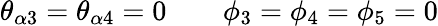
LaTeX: \theta_{\alpha 3}=\theta_{\alpha 4}=0\qquad\phi_{3}=\phi_{4}=\phi_{5}=0